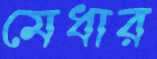
মেধার